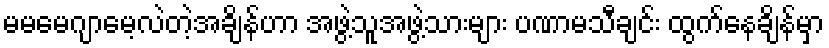
မမမေဂျာမေ့လဲတဲ့အချိန်ဟာ အဖွဲ့သူအဖွဲ့သားများ ပဏာမသီချင်း ထွက်နေချိန်မှာ